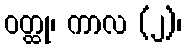
ဝတ္ထု၊ ကာလ (၂)၊